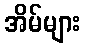
အိမ်များ